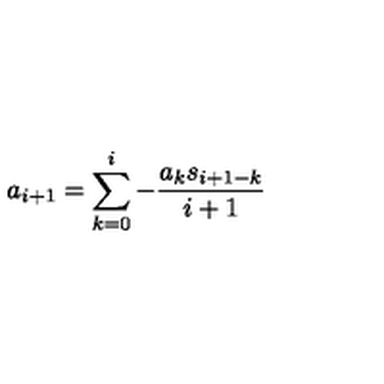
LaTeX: a _ { i + 1 } = \sum _ { k = 0 } ^ { i } { - \frac { a _ { k } s _ { i + 1 - k } } { i + 1 } }